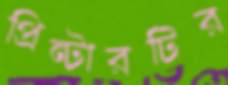
প্রিন্টারটির